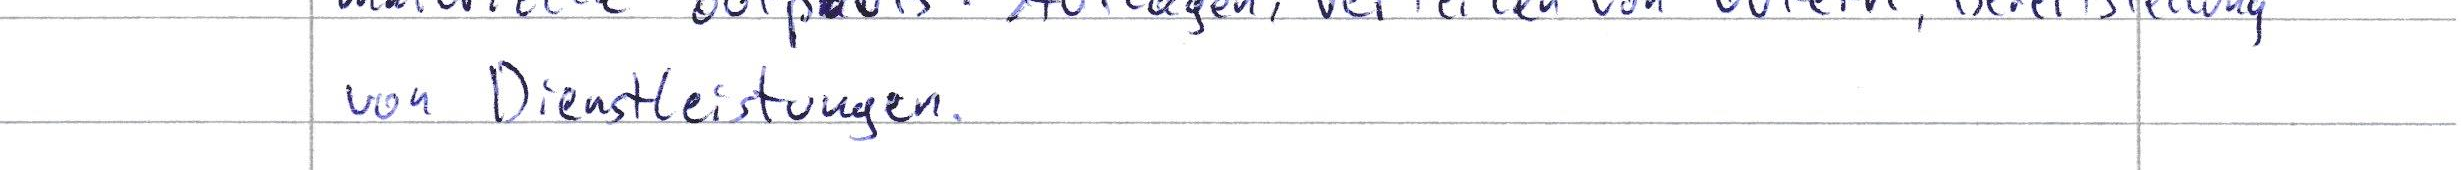
von Dienstleistungen